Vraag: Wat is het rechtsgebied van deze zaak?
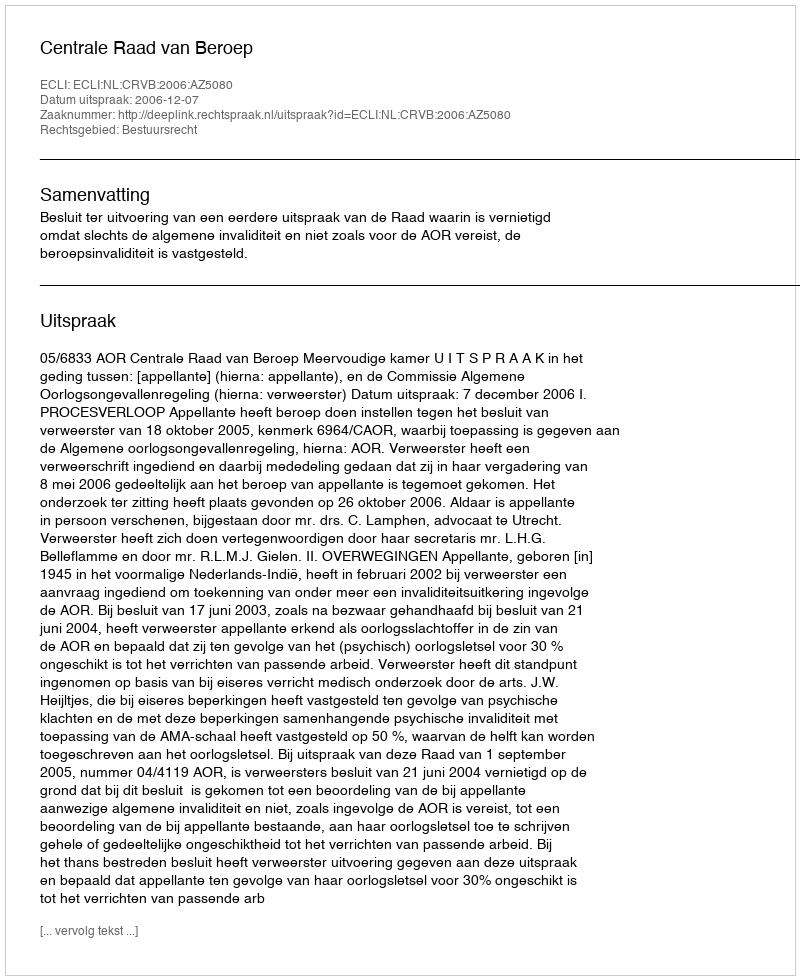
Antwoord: Bestuursrecht